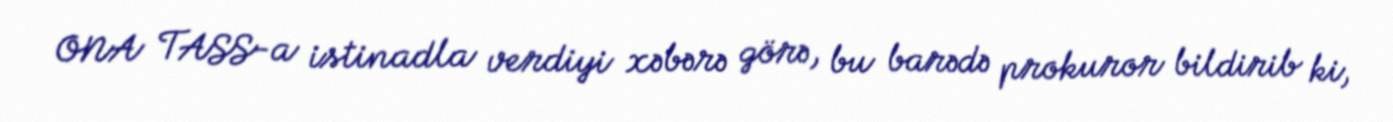
ONA TASS-a istinadla verdiyi xəbərə görə, bu barədə prokuror bildirib ki,